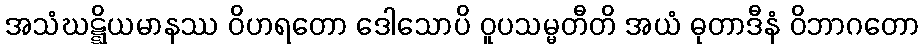
အသံဃဋ္ဋိယမာနဿ ဝိဟရတော ဒေါသောပိ ဝူပသမ္မတီတိ အယံ ဓုတာဒီနံ ဝိဘာဂတော